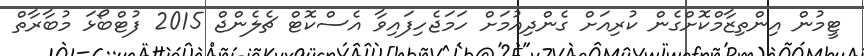
ޓީމުން އިންތިޒާމްކޮށްގެން ކުރިއަށް ގެންދިއުމަށް ހަމަޖެހިފައިވާ އެސްކޮޓް ޗެލެންޖް 2015 ފުޓްބޯޅަ މުބާރާތް